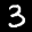
Label: 3